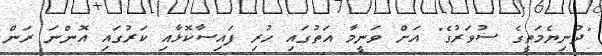
"ދުނިޔެމަތީގެ ސުވަރުގެ" އަށް ވަނީމާ އަތުގައި ހުރި ފައިސާކޮޅާއި ކަރުގައި އޮންނަ ރަން